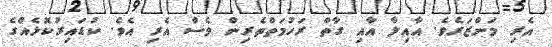
އެރި މަންޒަރެވެ. އާއިލާ އާއި ގާތް ރަހުމަތްތެރިން ވެސް އެރި އެވެ. ކުޑައިރުކޮޅެއްގެ